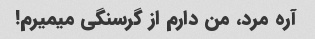
آره مرد، من دارم از گرسنگی میمیرم!